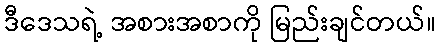
ဒီဒေသရဲ့ အစားအစာကို မြည်းချင်တယ်။